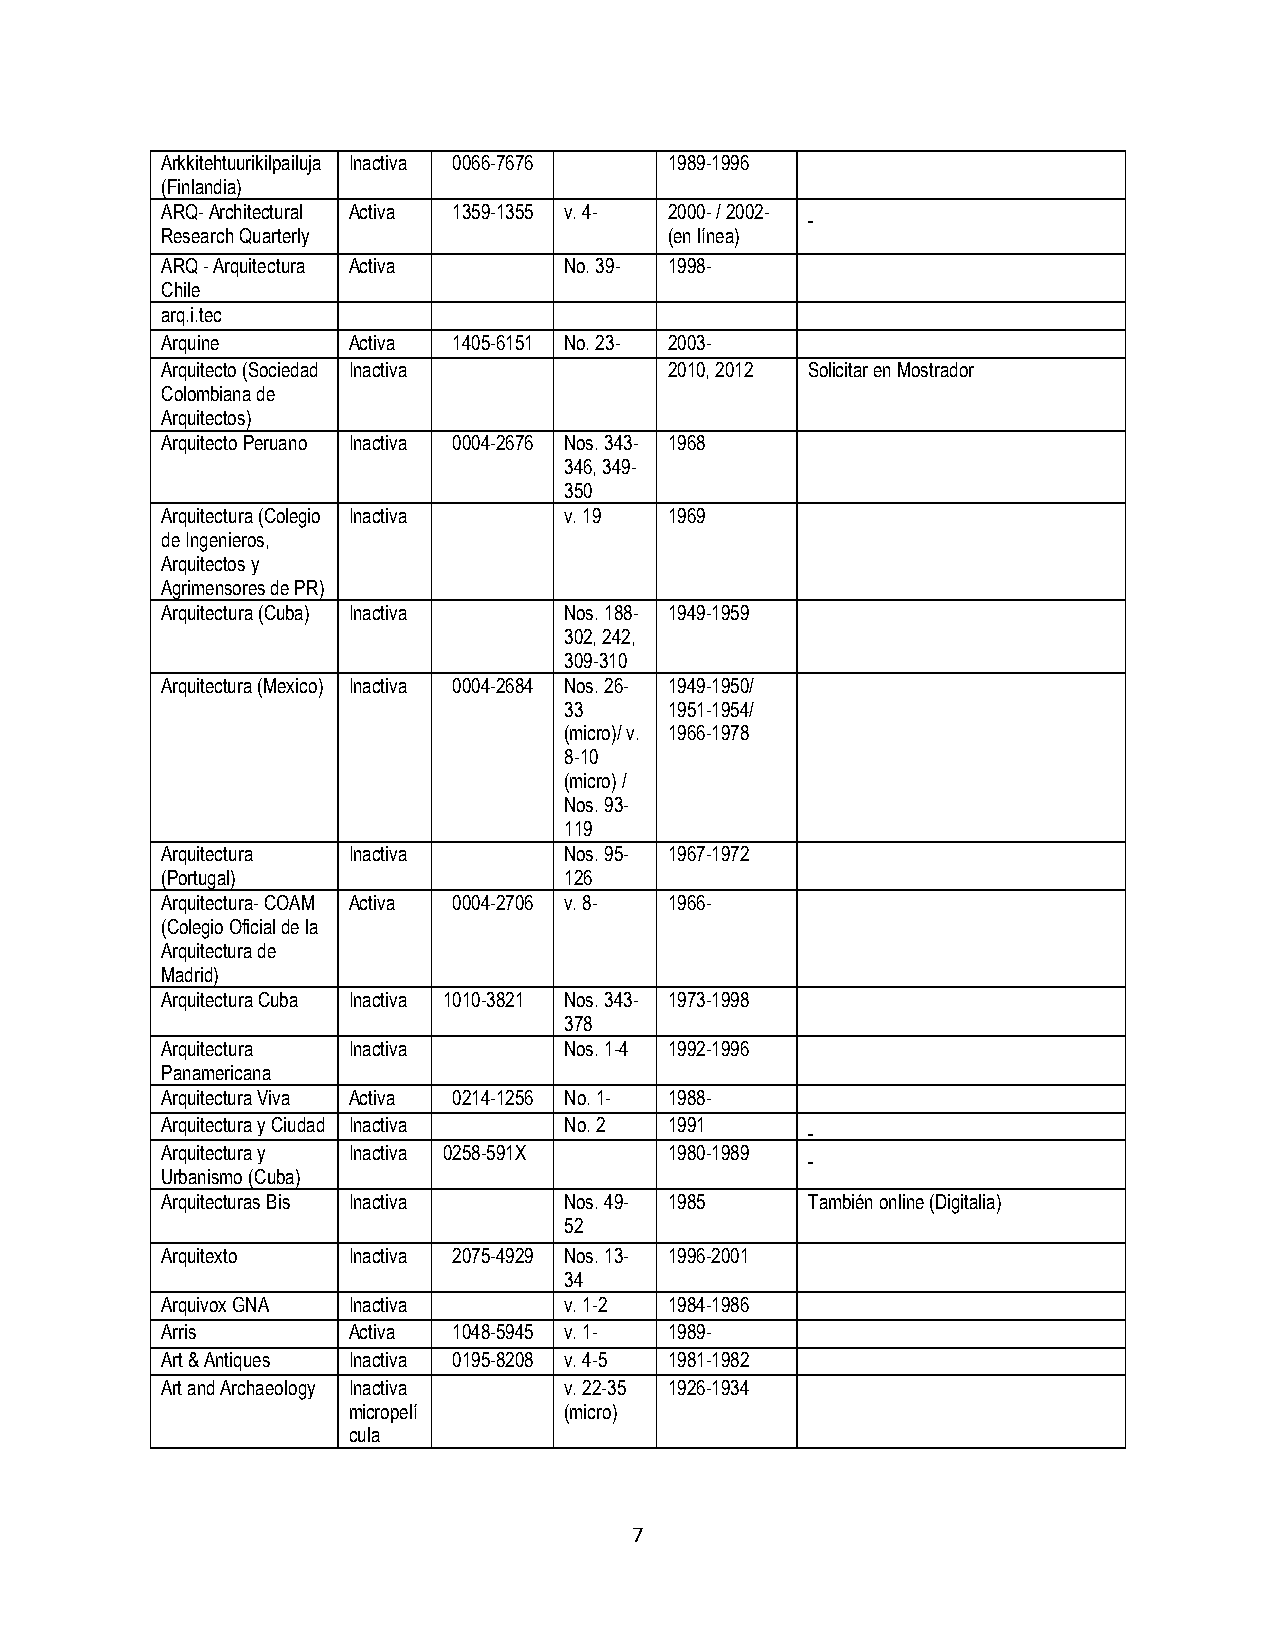
Arkkitehtuurikilpailuja Inactiva 0066-7676 1989-1996
 (Finlandia)
 ARQ- Architectural Activa 1359-1355 v. 4- 2000- / 2002-
 Research Quarterly               (en línea)
 ARQ - Arquitectura Activa No. 39- 1998-
 Chile
 arq.i.tec
 Arquine     Activa 1405-6151 No. 23- 2003-
 Arquitecto (Sociedad Inactiva    2010, 2012 Solicitar en Mostrador
 Colombiana de
 Arquitectos)
 Arquitecto Peruano Inactiva 0004-2676 Nos. 343- 1968
 346, 349-
 350
 Arquitectura (Colegio Inactiva v. 19 1969
 de Ingenieros,
 Arquitectos y
 Agrimensores de PR)
 Arquitectura (Cuba) Inactiva Nos. 188- 1949-1959
 302, 242,
 309-310
 Arquitectura (Mexico) Inactiva 0004-2684 Nos. 26- 1949-1950/
 33     1951-1954/
 (micro)/ v. 1966-1978
 8-10
 (micro) /
 Nos. 93-
 119
 Arquitectura Inactiva     Nos. 95- 1967-1972
 (Portugal)                126
 Arquitectura- COAM Activa 0004-2706 v. 8- 1966-
 (Colegio Oficial de la
 Arquitectura de
 Madrid)
 Arquitectura Cuba Inactiva 1010-3821 Nos. 343- 1973-1998
 378
 Arquitectura Inactiva     Nos. 1-4 1992-1996
 Panamericana
 Arquitectura Viva Activa 0214-1256 No. 1- 1988-
 Arquitectura y Ciudad Inactiva No. 2 1991
 Arquitectura y Inactiva 0258-591X 1980-1989
 Urbanismo (Cuba)
 Arquitecturas Bis Inactiva Nos. 49- 1985   También online (Digitalia)
 52
 Arquitexto  Inactiva 2075-4929 Nos. 13- 1996-2001
 34
 Arquivox GNA Inactiva     v. 1-2 1984-1986
 Arris       Activa 1048-5945 v. 1- 1989-
 Art & Antiques Inactiva 0195-8208 v. 4-5 1981-1982
 Art and Archaeology Inactiva v. 22-35 1926-1934
 micropelí     (micro)
 cula
 7